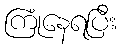
ကြုံနေရပြီး